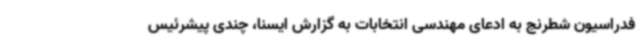
فدراسیون شطرنج به ادعای مهندسی انتخابات به گزارش ایسنا، چندی پیشرئیس